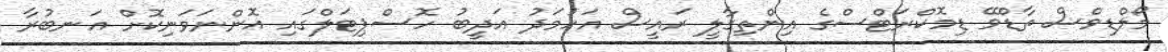
މޯލްޑިވްސް ތާޑްވޭ ޑިމޮކްރަޓްސްގެ އިންތިގާލީ ރައީސް އަހުމަދު އަދީބު ހޮސްޕިޓަލްގައި އޮންނަވަނިކޮށް އަނބުރާ